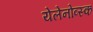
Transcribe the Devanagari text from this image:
येलेनोव्स्क